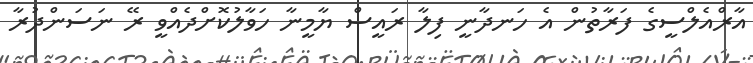
އާރްއެލްސީގެ ފަރާތުން އެ ހަނދާނީ ފިލާ ރައީސް ޔާމީނާ ހަވާލުކޮށްދެއްވީ ރޭ ނަސަންދުރާ